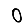
Digit: 0